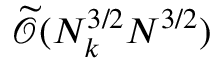
\widetilde { \mathcal { O } } ( N _ { k } ^ { 3 / 2 } N ^ { 3 / 2 } )